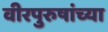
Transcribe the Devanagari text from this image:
वीरपुरुषांच्या